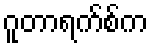
ဂူတာရက်စ်က